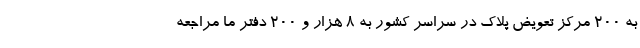
به ۲۰۰ مرکز تعویض پلاک در سراسر کشور به ۸ هزار و ۲۰۰ دفتر ما مراجعه